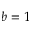
b = 1